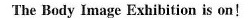
The Body Image Exhibition is on!